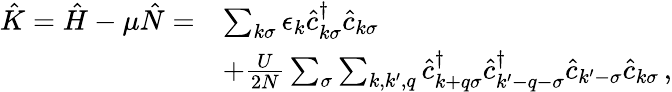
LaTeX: \begin{array}{rl}{\hat{K}=\hat{H}-\mu\hat{N}=}&{\sum_{k\sigma}\epsilon_{k}\hat{c}_{k\sigma}^{\dagger}\hat{c}_{k\sigma}}\\ &{+\frac{U}{2N}\sum_{\sigma}\sum_{k,k^{\prime},q}\hat{c}_{k+q\sigma}^{\dagger}\hat{c}_{k^{\prime}-q-\sigma}^{\dagger}\hat{c}_{k^{\prime}-\sigma}\hat{c}_{k\sigma}\, ,}\end{array}